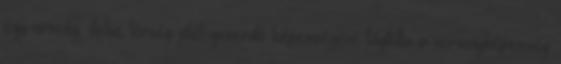
egy ország, illetve térség jólét-generáló képességévé tágította a versenyképesség